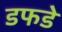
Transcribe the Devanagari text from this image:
डफडे